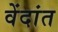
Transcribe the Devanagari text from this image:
वेंदांत